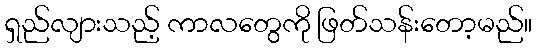
ရှည်လျားသည့် ကာလတွေကို ဖြတ်သန်းတော့မည်။